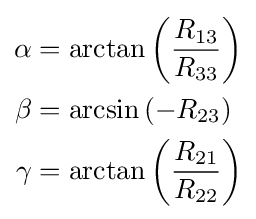
{\begin{aligned}\alpha &=\arctan \left({\frac {R_{13}}{R_{33}}}\right)\\\beta &=\arcsin \left(-R_{23}\right)\\\gamma &=\arctan \left({\frac {R_{21}}{R_{22}}}\right)\end{aligned}}